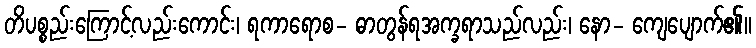
တိပစ္စည်းကြောင့်လည်းကောင်း၊ ရကာရောစ- ဓာတွန်ရအက္ခရာသည်လည်း၊ နော- ကျေပျောက်၏။